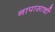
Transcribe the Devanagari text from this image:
नापासाची